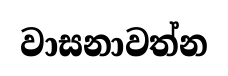
වාසනාවත්න